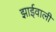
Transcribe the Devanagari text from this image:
झाईवाली